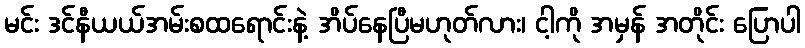
မင်း ဒင်နီယယ်အမ်းစထရောင်းနဲ့ အိပ်နေပြီမဟုတ်လား၊ ငါ့ကို အမှန် အတိုင်း ပြောပါ